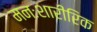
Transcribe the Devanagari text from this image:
मनःशारीरिक